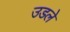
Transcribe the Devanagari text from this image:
उडले